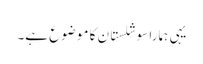
یہی ہمارا سوشلستان کا موضوع ہے۔